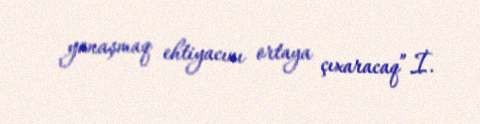
yanaşmaq ehtiyacını ortaya çıxaracaq”.İ.